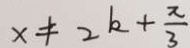
x \neq 2 k + \frac { x } { 3 }